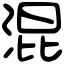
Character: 混